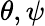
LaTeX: \theta,\psi